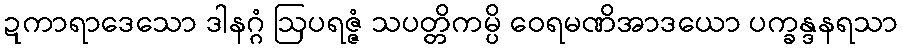
ဍကာရာဒေသော ဒါနဂ္ဂံ ဩပရဇ္ဇံ သပတ္တိကမ္ပိ ဝေရမဏိအာဒယော ပက္ခန္ဒနရသာ